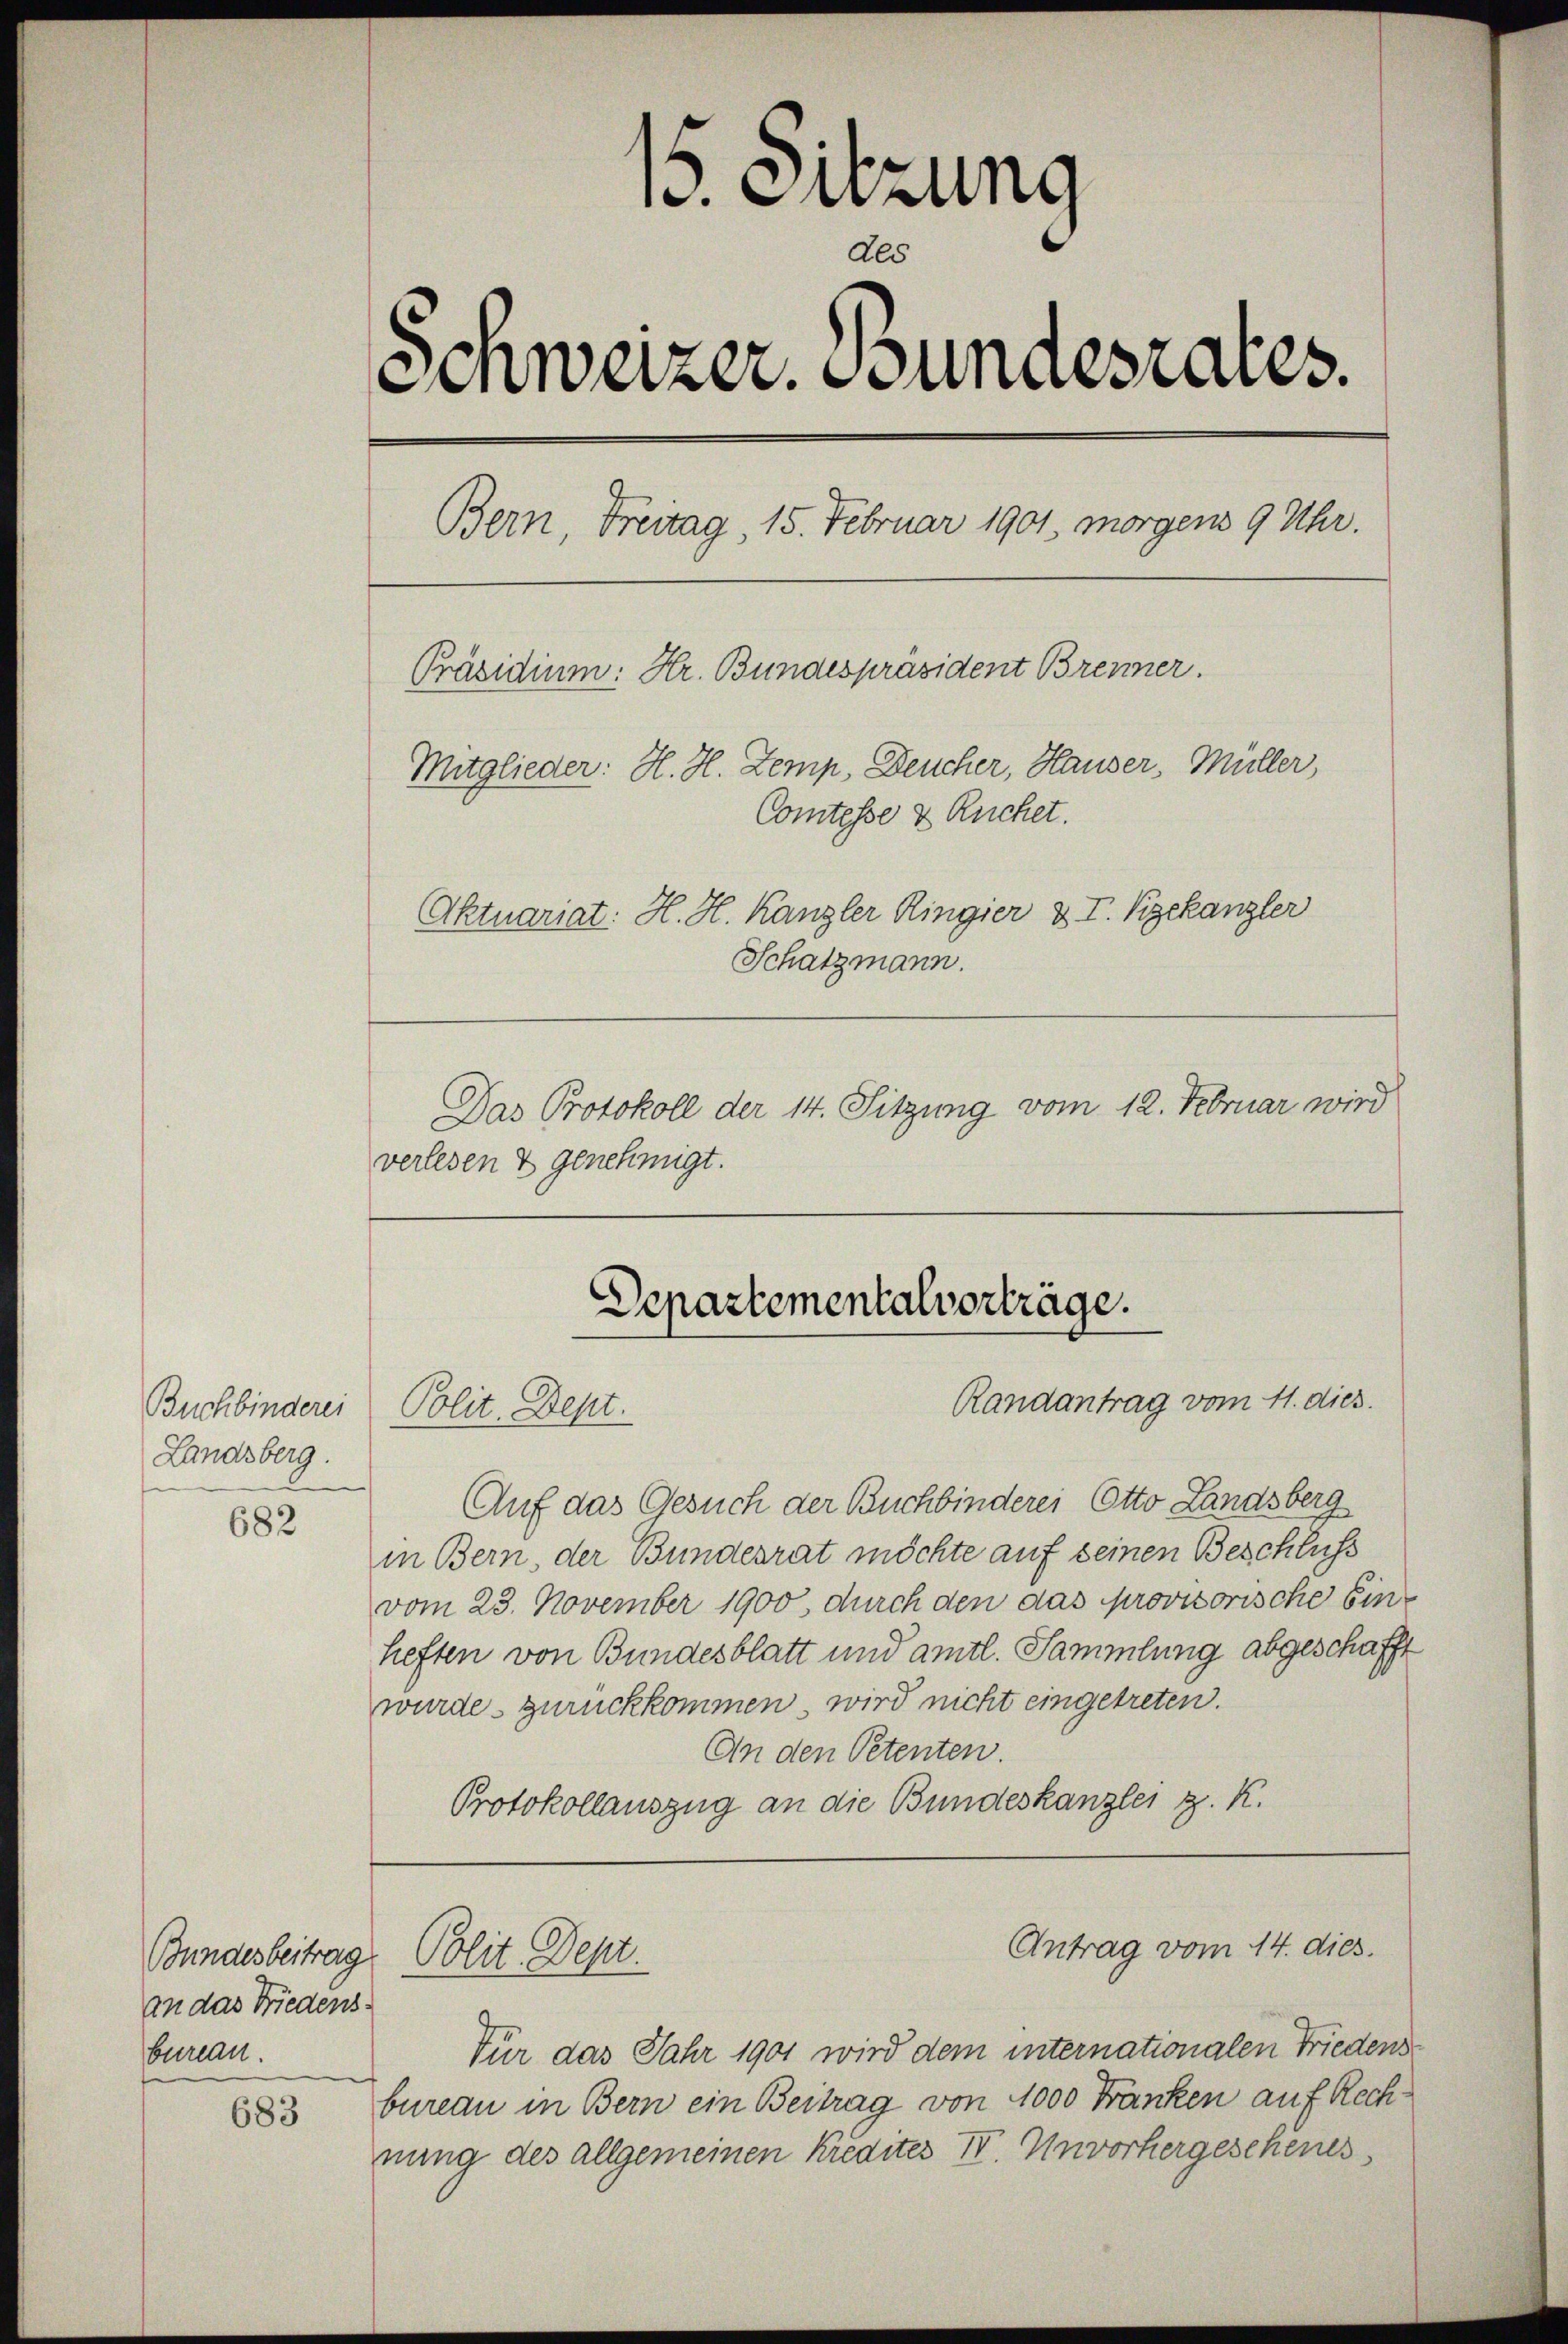
Landsberg.

682

an das Friedens.
bureau.
683

15. Sitzung
des
Schweizer. Bundesrates.
Bern, Freitag, 15. Februar 1901. morgens 9 Uhr.
Präsidium: Hr. Bundespräsident Brenner.
Mitglieder: H. H. Zemp, Deucher, Hauser, Müller,
Comtesse & Ruchet.
Aktuariat: H. H. Kanzler Ringier & I. Kgekanzler
Schatzmann.
Das Protokoll der 14. Sitzung vom 12. Februar wird

verlesen & genehmigt.

Buchbinderei Polit. Dept.
Auf das Gesuch der Buchbinderei Otto Landsberg
in Bern, der Bundesrat möchte auf seinen Beschluss
vom 23. November 1900, durch den das provisorische Einheften von Bundesblatt und amtl. Sammlung abgeschafft
wurde zurückkommen, wird nicht eingetreten.
An den Petenten.
Protokollauszug an die Bundeskanzlei z. K.

Für das Jahr 1901 wird dem internationalen Friedensbureau in Bern ein Beitrag von 1000 Fränken auf Rechnung des allgemeinen Kredites IV. Unvorhergeschenes

Bundesbeitrag. Polit. Dept.

Departementalvorträge.
Randantrag vom 11. dies

Antrag vom 14. dies.